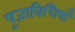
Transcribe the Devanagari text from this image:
पूजाविधियाँ